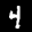
Label: 4